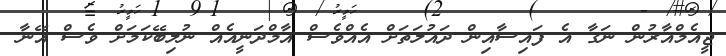
ޖީއެމްއާރުން ނަގާ އެ ފައިސާއިން ދައުލަތަށް އެއްވެސް އާމްދަނީއެއް ނުލިބޭކަމަށް ވެސް އޭނާ